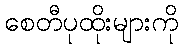
စေတီပုထိုးများကို